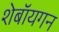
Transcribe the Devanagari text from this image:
शेबॉयगन